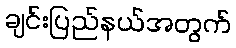
ချင်းပြည်နယ်အတွက်